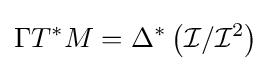
\Gamma T^{*}M=\Delta ^{*}\left({\mathcal {I}}/{\mathcal {I}}^{2}\right)